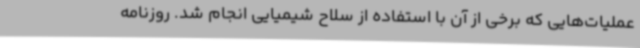
عملیات‌هایی که برخی از آن با استفاده از سلاح شیمیایی انجام شد. روزنامه